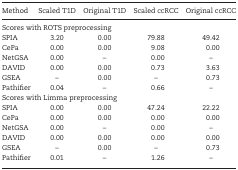
| Method | Scaled T1D | Original T1D | Scaled ccRCC | Original ccRCC |
 | --- | --- | --- | --- | --- |
 | <COLSPAN=5> Scores with ROTS preprocessing |
 | SPIA | 3.20 | 0.00 | 79.88 | 49.42 |
 | CePa | 0.00 | 0.00 | 9.08 | 0.00 |
 | NetGSA | 0.00 | – | 0.00 | – |
 | DAVID | 0.00 | 0.00 | 0.73 | 3.63 |
 | GSEA | – | 0.00 | – | 0.73 |
 | Pathifier | 0.04 | – | 0.66 | – |
 | <COLSPAN=5> Scores with Limma preprocessing |
 | SPIA | 0.00 | 0.00 | 47.24 | 22.22 |
 | CePa | 0.00 | 0.00 | 0.00 | 0.00 |
 | NetGSA | 0.00 | – | 0.00 | – |
 | DAVID | 0.00 | 0.00 | 0.00 | 0.00 |
 | GSEA | – | 0.00 | – | 0.73 |
 | Pathifier | 0.01 | – | 1.26 | – |